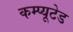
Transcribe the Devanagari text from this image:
कम्प्यूटेड